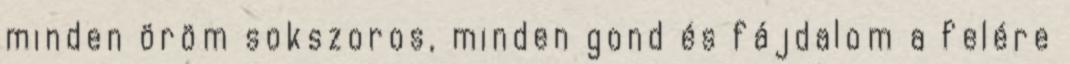
minden öröm sokszoros, minden gond és fájdalom a felére